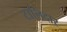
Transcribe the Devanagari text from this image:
टालिदार